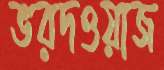
ভরদওয়াজ